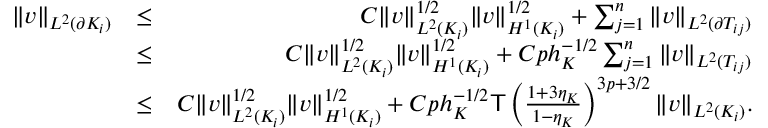
\begin{array} { r l r } { \| v \| _ { L ^ { 2 } ( \partial K _ { i } ) } } & { \le } & { C \| v \| _ { L ^ { 2 } ( K _ { i } ) } ^ { 1 / 2 } \| v \| _ { H ^ { 1 } ( K _ { i } ) } ^ { 1 / 2 } + \sum _ { j = 1 } ^ { n } \| v \| _ { L ^ { 2 } ( \partial T _ { i j } ) } } \\ & { \le } & { C \| v \| _ { L ^ { 2 } ( K _ { i } ) } ^ { 1 / 2 } \| v \| _ { H ^ { 1 } ( K _ { i } ) } ^ { 1 / 2 } + C p h _ { K } ^ { - 1 / 2 } \sum _ { j = 1 } ^ { n } \| v \| _ { L ^ { 2 } ( T _ { i j } ) } } \\ & { \le } & { C \| v \| _ { L ^ { 2 } ( K _ { i } ) } ^ { 1 / 2 } \| v \| _ { H ^ { 1 } ( K _ { i } ) } ^ { 1 / 2 } + C p h _ { K } ^ { - 1 / 2 } \mathsf { T } \left( \frac { 1 + 3 \eta _ { K } } { 1 - \eta _ { K } } \right) ^ { 3 p + 3 / 2 } \| v \| _ { L ^ { 2 } ( K _ { i } ) } . } \end{array}